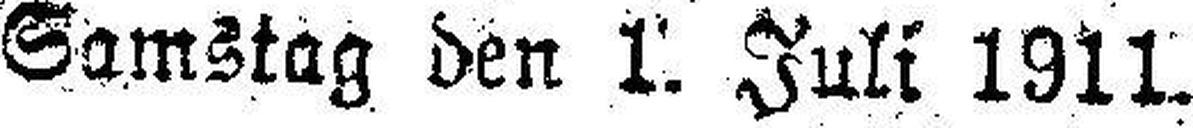
Samstag den 1. Juli 1911.